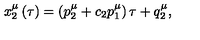
x _ { 2 } ^ { \mu } \left( \tau \right) = \left( p _ { 2 } ^ { \mu } + c _ { 2 } p _ { 1 } ^ { \mu } \right) \tau + q _ { 2 } ^ { \mu } ,